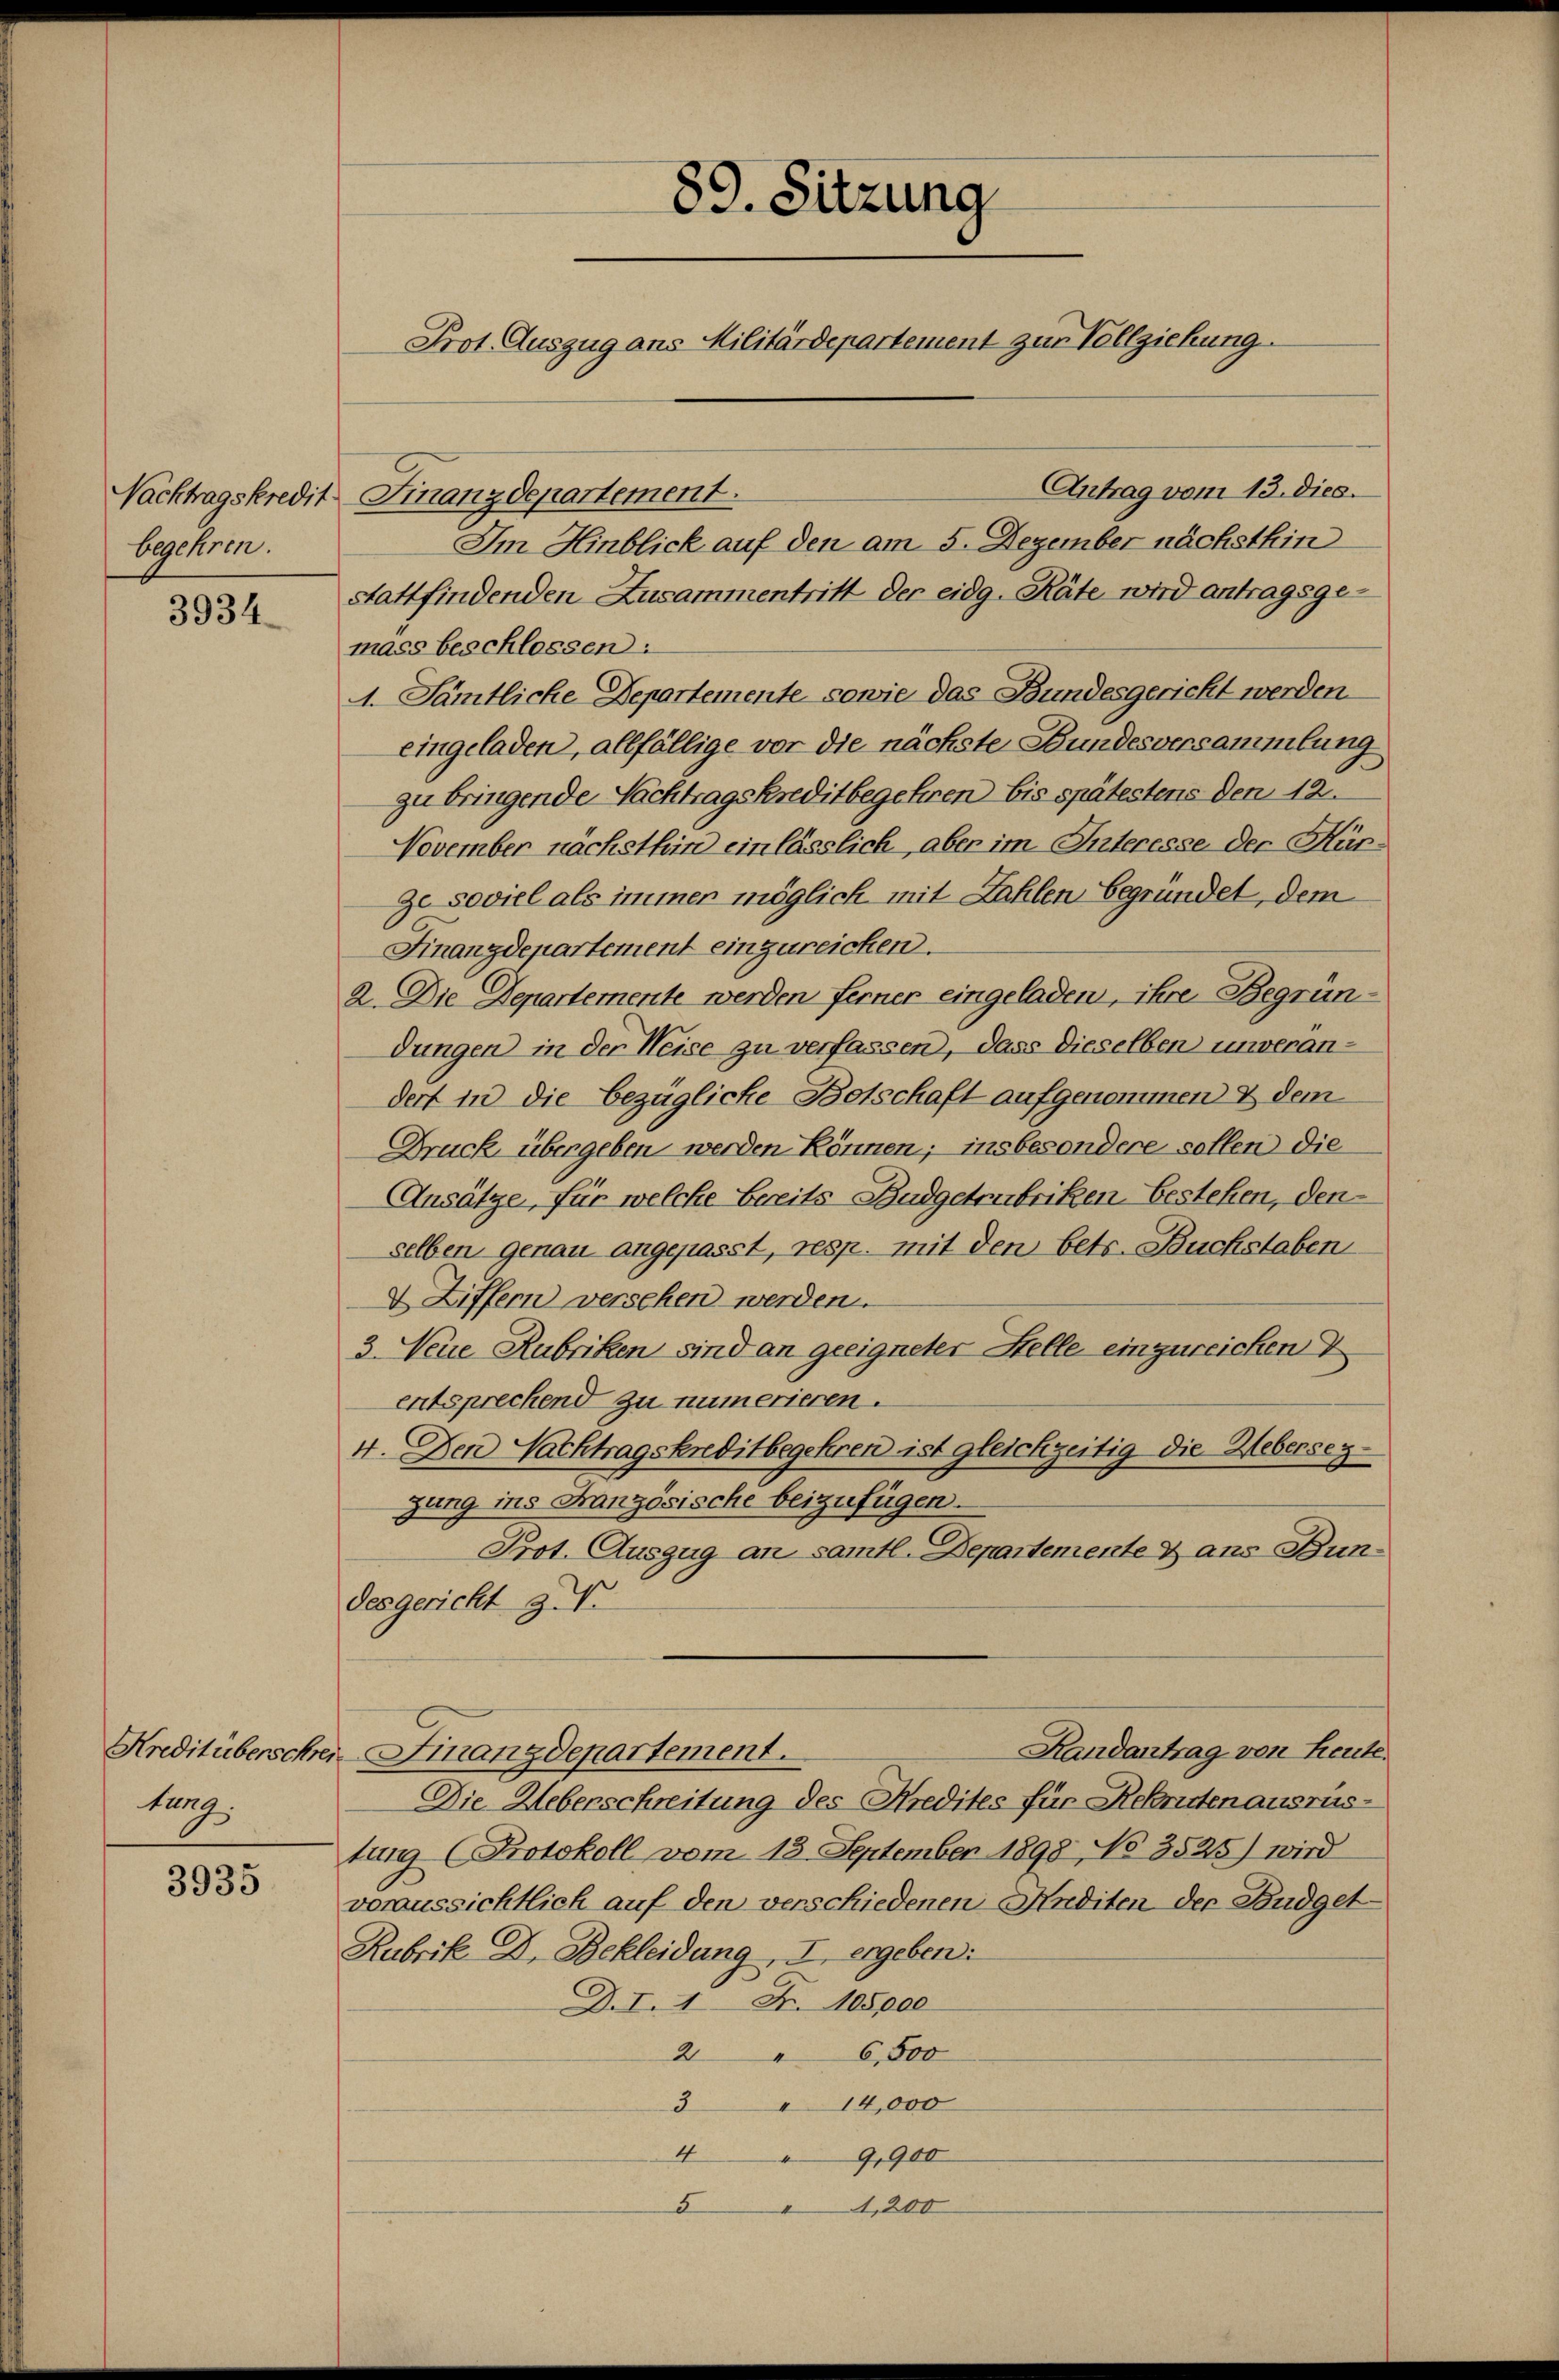
Nachtragskredit.
begehren.

3934.

Kreditüberschrei
kung

3935

89. Sitzung
Prot. Auszug ans Militärdepartement zur Vollziehung

Antrag vom 13. dies.
Finanzdepartement.
stattfindenden Zusammentritt der eidg. Räte wird antragsgemass beschlossen:
1. Sämtliche Departemente sowie das Bundesgericht werden.
eingeladen, allfällige vor die nächste Bundesversammlung
zu bringende Nachtragskreditbegehren bis spätestens den 12.
November nächsthin einlässlich, aber im Interesse der Hürze soviel als immer möglich mit Zahlen begründet, dem
Finanzdepartement einzureichen.
2. Die Departemente werden ferner eingeladen, ihre Begründungen in der Weise zu verfassen, dass dieselben unverandert in die bezügliche Botschaft aufgenommen & dem
Druck übergeben werden können; insbesondere sollen die
Ansätze, für welche Breits Budgetrubriken bestehen, den
selben genau angepasst, resp. mit den betr. Buchstaben
2 Ziffern versehen werden.
3. Neue Rubriken sind an geeigneter Stelle einzureichen
entsprechend zu numerieren.
4. Den Nachtragskreditbegehren ist gleichzeitig die Uebersez
gung ins Französische beizufügen.
Prot. Auszug an sämtl. Departemente & ans Bundesgericht z. B.
Randantrag von Leute.
Finanzdepartement.
Die Ueberschreitung des Kredites für Rekrutenausrus-
tung (Protokoll vom 13. September 1898 No 3525) wird
voraussichtlich auf den verschiedenen Anditen der Budget¬
Rubrik D. Bekleidung, I ergeben:
D.I.1 Nr. 105000
26,500
" 14,000
4
9,900
5,200

Im Hinblick auf den am 5. Dezember nächsthin